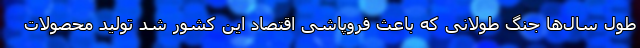
طول سال‌ها جنگ طولانی که باعث فروپاشی اقتصاد این کشور شد تولید محصولات